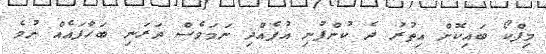
މިފްކޯ ބައިކޮށް އިތުރު ދެ ކުންފުނި އުފެއްދި ނަމަވެސް ދަރަނި ބަހާފައެއް ނުވެ